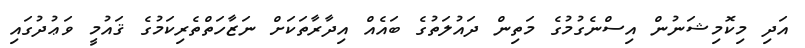
އަދި މިކޮމިޝަނުން އިސްނެގުމުގެ މަތިން ދައުލަތުގެ ބައެއް އިދާރާތަކަށް ނަޒާހަތްތެރިކަމުގެ ޤައުމީ ވަޢުދުގައި